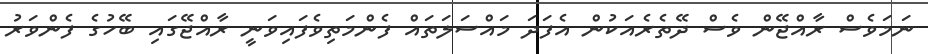
ނަމަވެސް ރާއްޖޭން ވެސް ދޭތެރެއަކުން އެފަދަ މައްސަލަތައް ފެންމަތިވެފައިވަނީ ރާއްޖޭގައި ބޭހުގެ ފެންވަރު